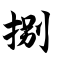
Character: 捌